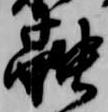
融